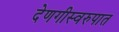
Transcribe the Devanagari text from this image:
देणगीस्वरुपात